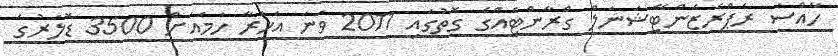
ހާއްސަ ރެޕްރެޒެންޓޭޝަނަލް ގްރާންޓެއްގެ ގޮތުގައި 2011 ވަނަ އަހަރާ ހަމައަށް 3500 ޑޮލަރުގެ